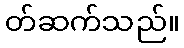
တ်ဆက်သည်။